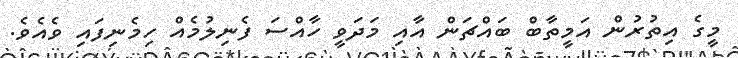
މީގެ އިތުރުން އަމީތާބް ބައްޗަން އާއި މަދަވީ ހާއްސަ ފެނިލުމެއް ހިމެނިފައި ވެއެވެ.